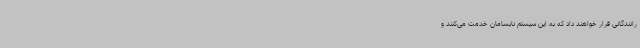
رانندگانی قرار خواهند داد که به این سیستم نابسامان خدمت می‌کنند و